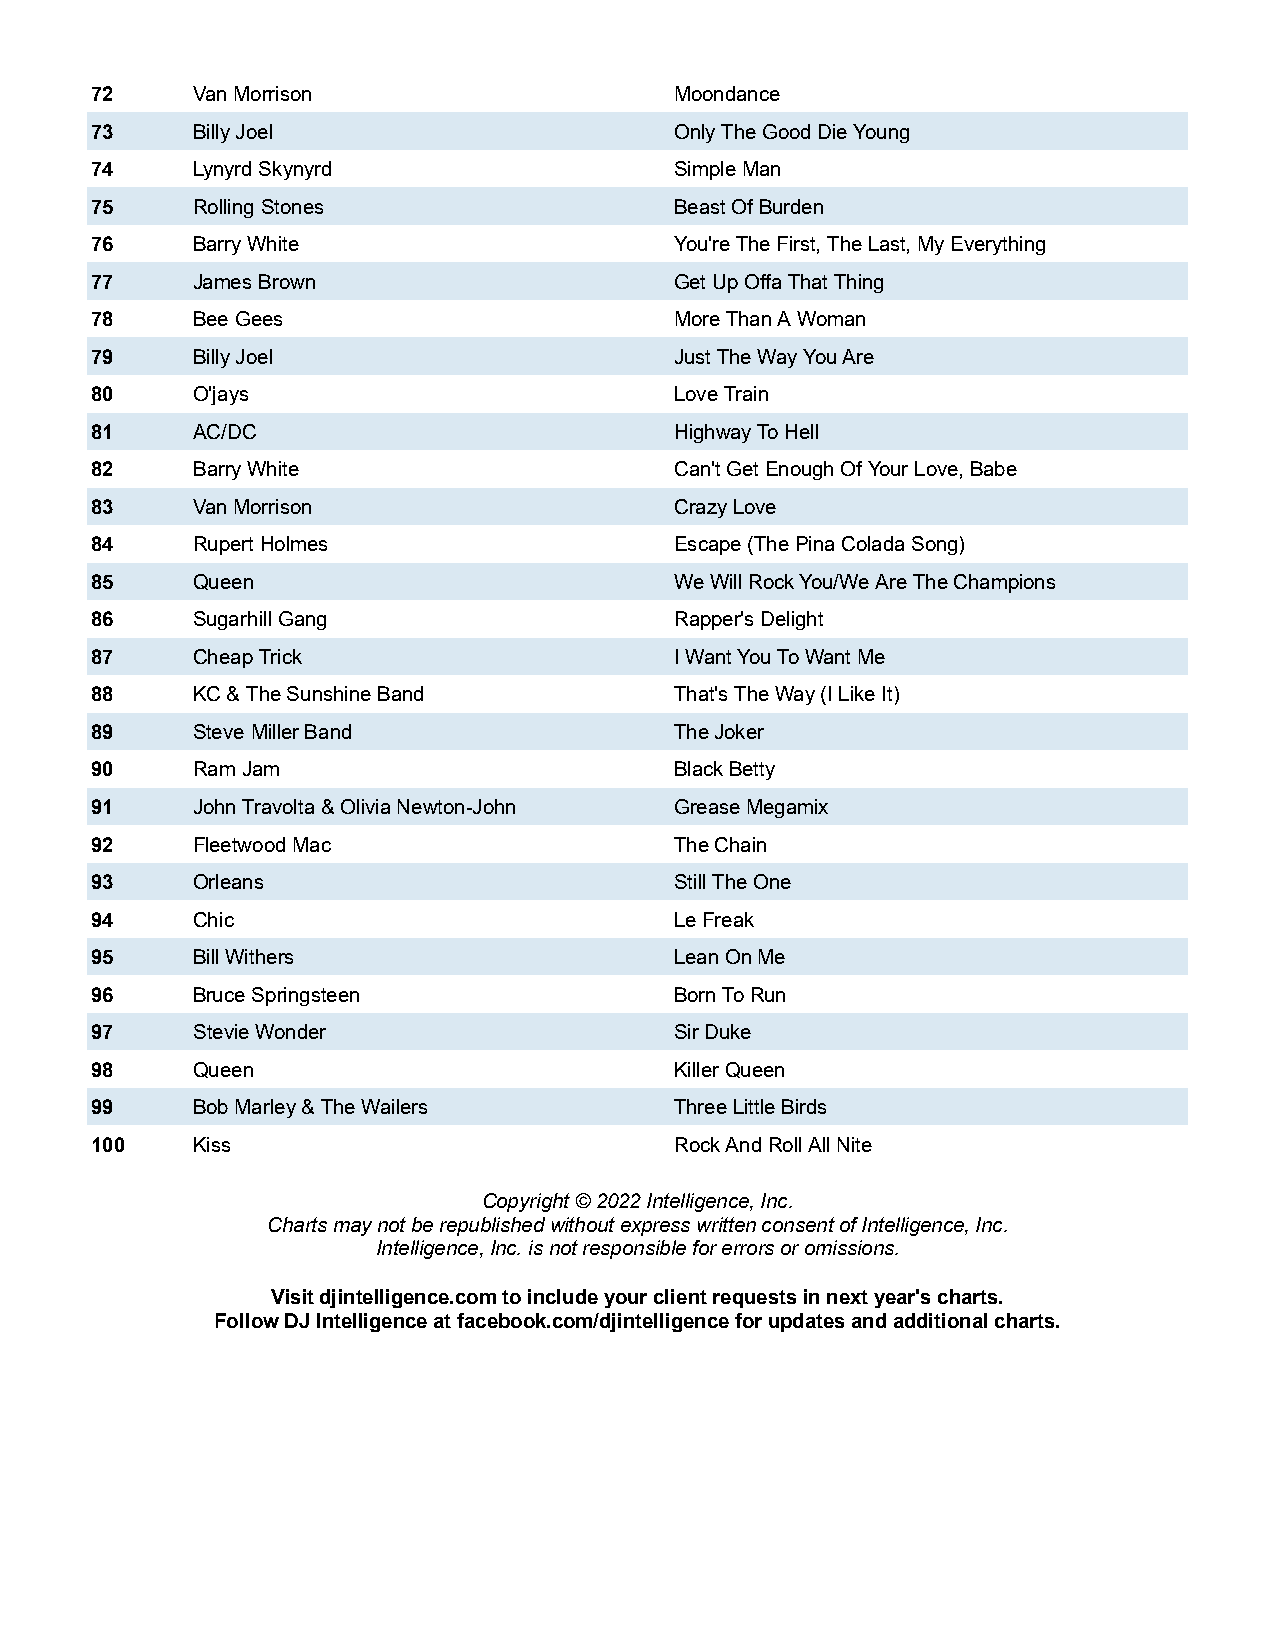
72     Van Morrison                    Moondance
 73     Billy Joel                      Only The Good Die Young
 74     Lynyrd Skynyrd                  Simple Man
 75     Rolling Stones                  Beast Of Burden
 76     Barry White                     You're The First, The Last, My Everything
 77     James Brown                     Get Up Offa That Thing
 78     Bee Gees                        More Than A Woman
 79     Billy Joel                      Just The Way You Are
 80     O'jays                          Love Train
 81     AC/DC                           Highway To Hell
 82     Barry White                     Can't Get Enough Of Your Love, Babe
 83     Van Morrison                    Crazy Love
 84     Rupert Holmes                   Escape (The Pina Colada Song)
 85     Queen                           We Will Rock You/We Are The Champions
 86     Sugarhill Gang                  Rapper's Delight
 87     Cheap Trick                     I Want You To Want Me
 88     KC & The Sunshine Band          That's The Way (I Like It)
 89     Steve Miller Band               The Joker
 90     Ram Jam                         Black Betty
 91     John Travolta & Olivia Newton-John Grease Megamix
 92     Fleetwood Mac                   The Chain
 93     Orleans                         Still The One
 94     Chic                            Le Freak
 95     Bill Withers                    Lean On Me
 96     Bruce Springsteen               Born To Run
 97     Stevie Wonder                   Sir Duke
 98     Queen                           Killer Queen
 99     Bob Marley & The Wailers        Three Little Birds
 100    Kiss                            Rock And Roll All Nite
 Copyright © 2022 Intelligence, Inc.
 Charts may not be republished without express written consent of Intelligence, Inc.
 Intelligence, Inc. is not responsible for errors or omissions.
 Visit djintelligence.com to include your client requests in next year's charts.
 Follow DJ Intelligence at facebook.com/djintelligence for updates and additional charts.